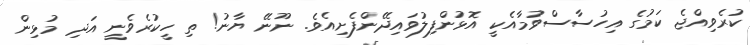
ކުރެވިއްޖެ ކަމުގެ އިހުސާސްވުމާއެކީ އޮޅުންފިލުވައިދޭންފެށިއެވެ. ނޫނޭ ޔާނު! ތި ހީކުރެވެނީ އަދި މުޅިން